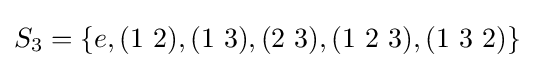
S_{3}=\{e,(1\ 2),(1\ 3),(2\ 3),(1\ 2\ 3),(1\ 3\ 2)\}